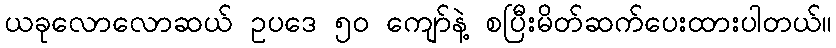
ယခုလောလောဆယ် ဥပဒေ ၅၀ ကျော်နဲ့ စပြီးမိတ်ဆက်ပေးထားပါတယ်။